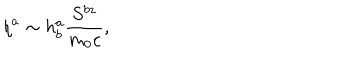
LaTeX: \eta ^ { a } \sim h _ { b } ^ { a } \frac { S ^ { b z } } { m _ { 0 } c } ,